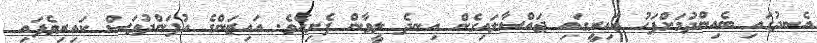
އެނދުގައި ބެއިންދުމަށްފަހު ކައިރީގައި ޖައްސާލައިގެން އިނދެ ލީވާން ފެށިއެވެ. އައިޒަންގެ އުފަންދުވަސް ކައިރިވެފައި